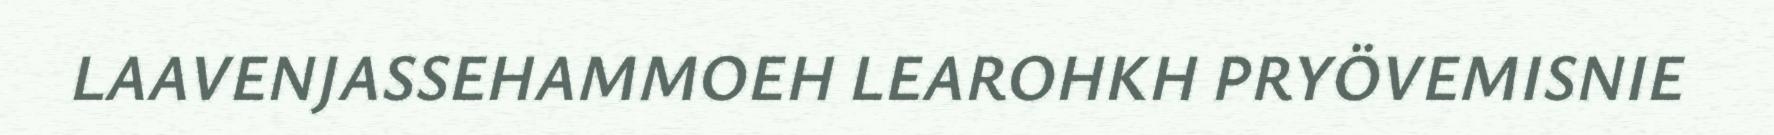
LAAVENJASSEHAMMOEH LEAROHKH PRYÖVEMISNIE